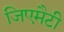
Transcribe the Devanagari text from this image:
जिएमैटी